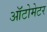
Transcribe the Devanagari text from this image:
ऑटोमेटर